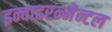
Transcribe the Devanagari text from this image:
इन्वाइरन्मेन्टल